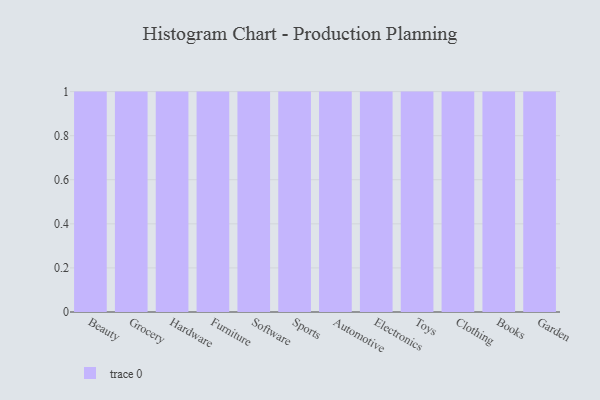
{"axis": {"x": "Category", "y": "Bounce Rate (%)"}, "legend": [""], "data": [{"x": "Beauty", "y": 6, "type": ""}, {"x": "Grocery", "y": 100, "type": ""}, {"x": "Hardware", "y": 59, "type": ""}, {"x": "Furniture", "y": 31, "type": ""}, {"x": "Software", "y": 59, "type": ""}, {"x": "Sports", "y": 46, "type": ""}, {"x": "Automotive", "y": 78, "type": ""}, {"x": "Electronics", "y": 91, "type": ""}, {"x": "Toys", "y": 2, "type": ""}, {"x": "Clothing", "y": 62, "type": ""}, {"x": "Books", "y": 43, "type": ""}, {"x": "Garden", "y": 3, "type": ""}]}